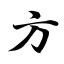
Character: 方